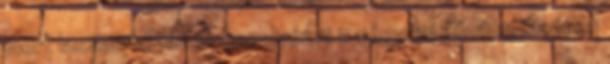
mert lassan kezdünk begolyózni a négy fal között. Szépen